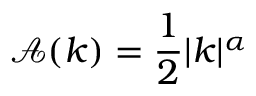
\mathcal { A } ( k ) = \frac { 1 } { 2 } \lvert k \rvert ^ { \alpha }